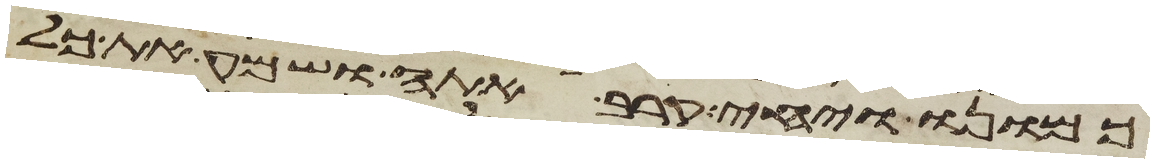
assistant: כמונו ויחי קרב אתה ושמע את כל